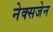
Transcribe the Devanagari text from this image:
नेक्सजेन